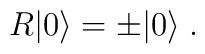
R|0\rangle = \pm|0\rangle\; .